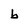
Character: b